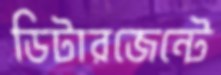
ডিটারজেন্টে